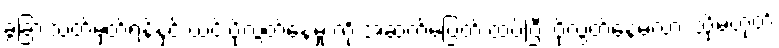
ခွဲခြားသတ်မှတ်ရန်နှင့် ယင်းပို့လွှတ်နေမှု ကို အဆက်မပြတ် ထပ်ပြီး ပို့လွှတ်နေမလား သို့မဟုတ်